Reports on military cantonments and civil stations in the Presidency of Bombay inspected by the Sanitary Commissioner in the years 1875 and 1876
Year: 1875
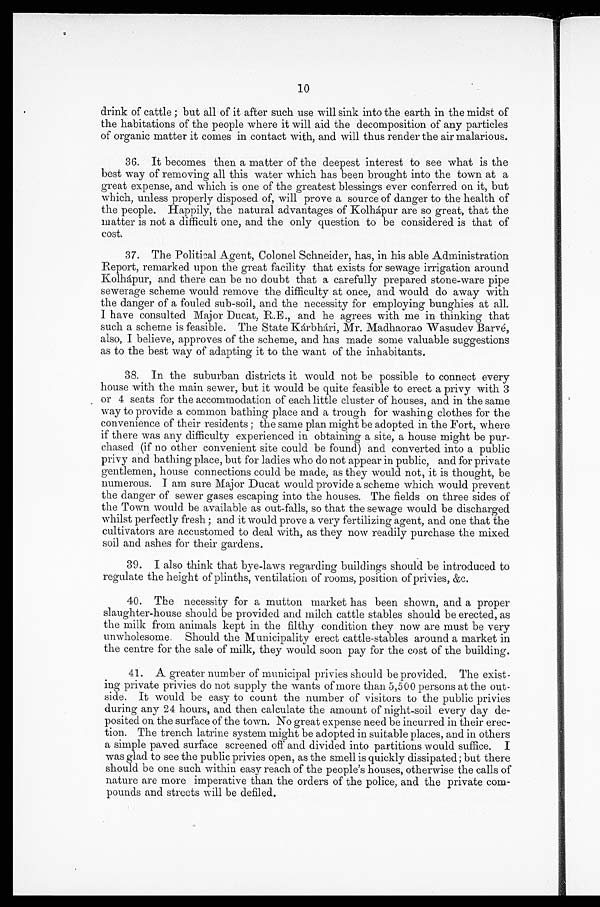
10
drink of cattle ; but all of it after such use will sink into the earth in the midst of
the habitations of the people where it will aid the decomposition of any particles
of organic matter it comes in contact with, and will thus render the air malarious.
36. It becomes then a matter of the deepest interest to see what is the
best way of removing all this water which has been brought into the town at a
great expense, and which is one of the greatest blessings ever conferred on it, but
which, unless properly disposed of, will prove a source of danger to the health of
the people. Happily, the natural advantages of Kolhápur are so great, that the
matter is not a difficult one, and the only question to be considered is that of
cost.
37. The Political Agent, Colonel Schneider, has, in his able Administration
Report, remarked upon the great facility that exists for sewage irrigation around
Kolhápur, and there can be no doubt that a carefully prepared stone-ware pipe
sewerage scheme would remove the difficulty at once, and would do away with
the danger of a fouled sub-soil, and the necessity for employing bunghies at all.
I have consulted Major Ducat, R.E., and he agrees with me in thinking that
such a scheme is feasible. The State Kárbhári, Mr. Madhaorao Wasudev Barvé,
also, I believe, approves of the scheme, and has made some valuable suggestions
as to the best way of adapting it to the want of the inhabitants.
38. In the suburban districts it would not be possible to connect every
house with the main sewer, but it would be quite feasible to erect a privy with 3
or 4 seats for the accommodation of each little cluster of houses, and in the same
way to provide a common bathing place and a trough for washing clothes for the
convenience of their residents ; the same plan might be adopted in the Fort, where
if there was any difficulty experienced in obtaining a site, a house might be pur-
chased (if no other convenient site could be found) and converted into a public
privy and bathing place, but for ladies who do not appear in public, and for private
gentlemen, house connections could be made, as they would not, it is thought, be
numerous. I am sure Major Ducat would provide a scheme which would prevent
the danger of sewer gases escaping into the houses. The fields on three sides of
the Town would be available as out-falls, so that the sewage would be discharged
whilst perfectly fresh ; and it would prove a very fertilizing agent, and one that the
cultivators are accustomed to deal with, as they now readily purchase the mixed
soil and ashes for their gardens.
39. I also think that bye-laws regarding buildings should be introduced to
regulate the height of plinths, ventilation of rooms, position of privies, &c.
40. The necessity for a mutton market has been shown, and a proper
slaughter-house should be provided and milch cattle stables should be erected, as
the milk from animals kept in the filthy condition they now are must be very
unwholesome. Should the Municipality erect cattle-stables around a market in
the centre for the sale of milk, they would soon pay for the cost of the building.
41. A greater number of municipal privies should be provided. The exist-
ing private privies do not supply the wants of more than 5,500 persons at the out-
side. It would be easy to count the number of visitors to the public privies
during any 24 hours, and then calculate the amount of night-soil every day de-
posited on the surface of the town. No great expense need be incurred in their erec-
tion. The trench latrine system might be adopted in suitable places, and in others
a simple paved surface screened off and divided into partitions would suffice. I
was glad to see the public privies open, as the smell is quickly dissipated; but there
should be one such within easy reach of the people's houses, otherwise the calls of
nature are more imperative than the orders of the police, and the private com-
pounds and streets will be defiled.